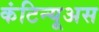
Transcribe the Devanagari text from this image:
कंटिन्यूअस